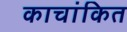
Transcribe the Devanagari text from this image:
काचांकित